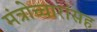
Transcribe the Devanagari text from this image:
मंत्रोच्चारांसह